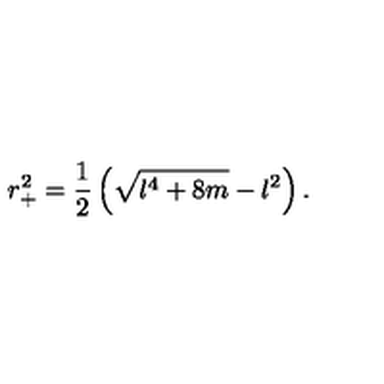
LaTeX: r _ { + } ^ { 2 } = \frac { 1 } { 2 } \left( \sqrt { l ^ { 4 } + 8 m } - l ^ { 2 } \right) .